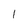
Character: 1